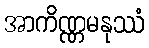
အာကိဏ္ဏမနုဿံ